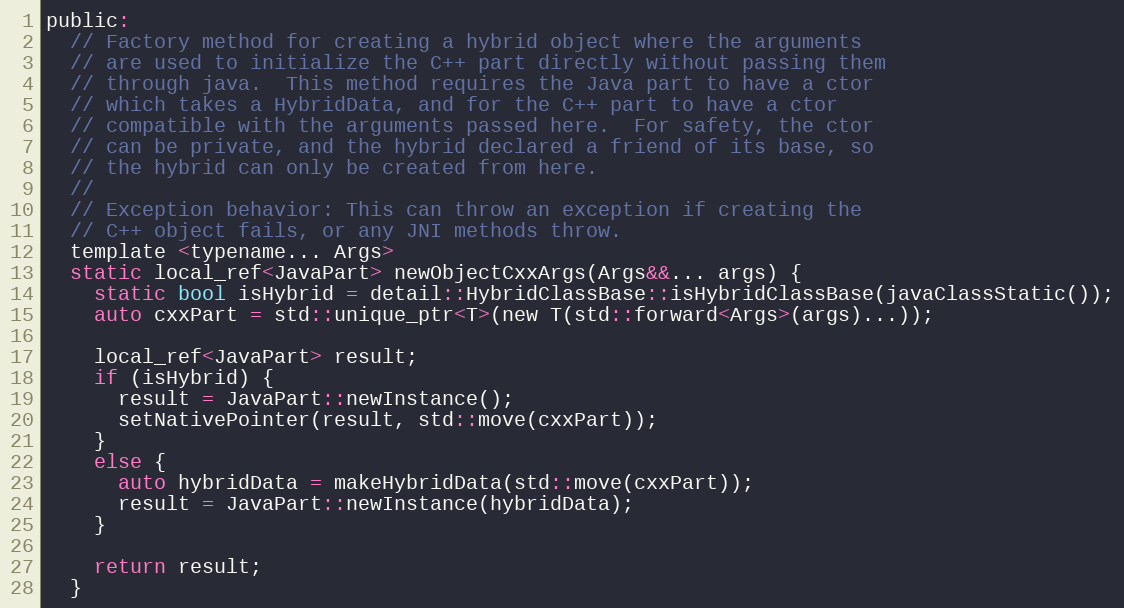
Language: C
public:
  // Factory method for creating a hybrid object where the arguments
  // are used to initialize the C++ part directly without passing them
  // through java.  This method requires the Java part to have a ctor
  // which takes a HybridData, and for the C++ part to have a ctor
  // compatible with the arguments passed here.  For safety, the ctor
  // can be private, and the hybrid declared a friend of its base, so
  // the hybrid can only be created from here.
  //
  // Exception behavior: This can throw an exception if creating the
  // C++ object fails, or any JNI methods throw.
  template <typename... Args>
  static local_ref<JavaPart> newObjectCxxArgs(Args&&... args) {
    static bool isHybrid = detail::HybridClassBase::isHybridClassBase(javaClassStatic());
    auto cxxPart = std::unique_ptr<T>(new T(std::forward<Args>(args)...));

    local_ref<JavaPart> result;
    if (isHybrid) {
      result = JavaPart::newInstance();
      setNativePointer(result, std::move(cxxPart));
    }
    else {
      auto hybridData = makeHybridData(std::move(cxxPart));
      result = JavaPart::newInstance(hybridData);
    }

    return result;
  }